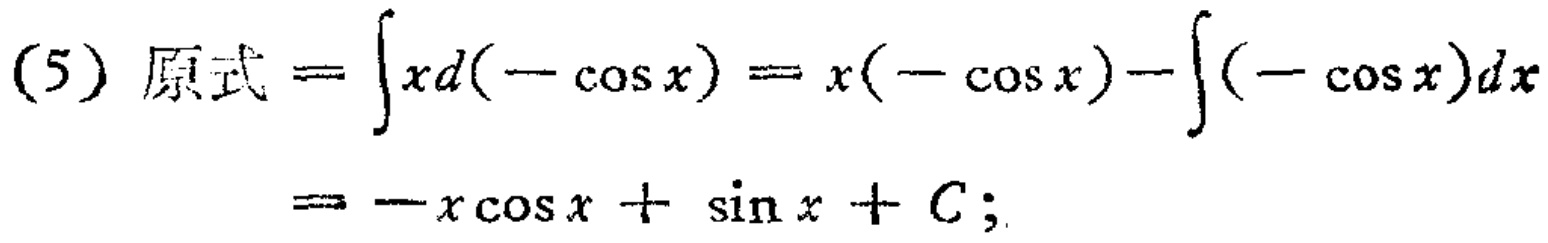
(5) 原式 \(=\int xd(-\cos x)=x(-\cos x)-\int (-\cos x)dx=-x\cos x + \sin x + C;\)